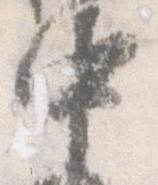
中